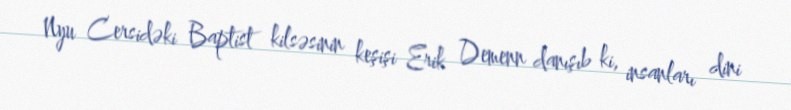
Nyu Cersidəki Baptist kilsəsinin keşişi Erik Demenn danışıb ki, insanları dini